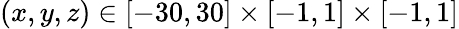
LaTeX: (x,y,z)\in[-30,30]\times[-1,1]\times[-1,1]